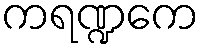
ကရဏ္ဍကေ